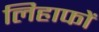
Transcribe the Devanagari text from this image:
लिहाफों